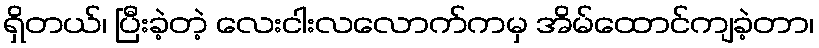
ရှိတယ်၊ ပြီးခဲ့တဲ့ လေးငါးလလောက်ကမှ အိမ်ထောင်ကျခဲ့တာ၊